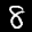
Label: 8